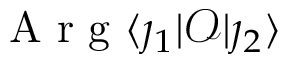
\mathrm { ~ A ~ r ~ g ~ } \langle \j _ { 1 } \lvert \mathscr { O } \lvert \j _ { 2 } \rangle